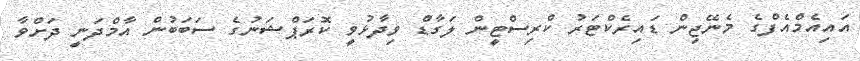
އައިއެމްއެފްގެ މެނޭޖިން ޑައިރެކްޓަރު ކްރިސްޓީން ލަގާޑް ވިދާޅުވީ ކޮރަޕްޝަނުގެ ސަބަބުން އާމްދަނީ ދަށްވާ